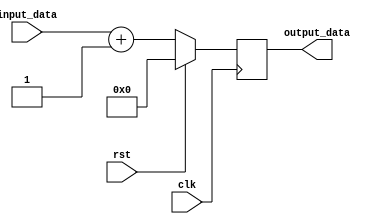
module behavioral_block (
    input clk,
    input rst,
    input [7:0] input_data,
    output reg [7:0] output_data
);

task generate_task;
begin
    // Perform operations or tasks here
    if (rst) begin
        output_data <= 0;
    end else begin
        output_data <= input_data + 1;
    end
end
endtask

always @(posedge clk) begin
    generate_task;
end

endmodule